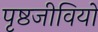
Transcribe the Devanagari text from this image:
पृष्ठजीवियों